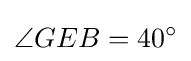
\angle {GEB}=40^{\circ }